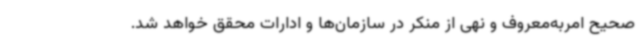
صحیح امربه‌معروف و نهی از منکر در سازمان‌ها و ادارات محقق خواهد شد.